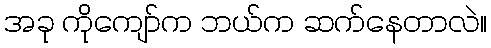
အခု ကိုကျော်က ဘယ်က ဆက်နေတာလဲ။